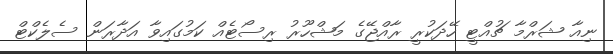
ނިއާ ޝަރްމާ ޗުއްޓީ ހޭދަކުރީ ރާއްޖޭގެ މަޝްހޫރު ރިސޯޓެއް ކަމުގައިވާ އަދާރަން ސެލެކްޓް